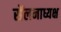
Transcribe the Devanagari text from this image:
सेंलनाध्यक्ष